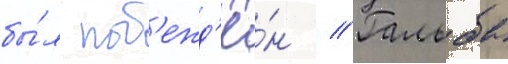
бы́л поб'ежд'ё́н // Гальба